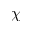
\chi